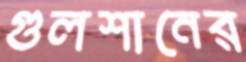
গুলশানের